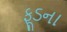
ફૂડના